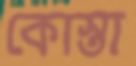
কোস্তা